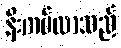
နီးကပ်လာသည်